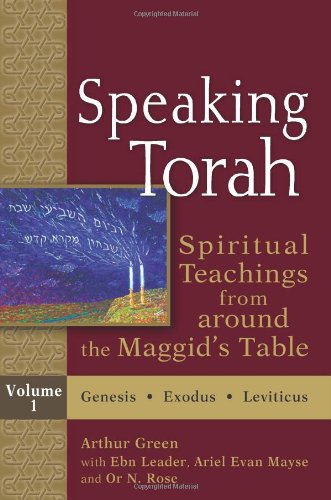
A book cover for Speaking Torah, : Spiritual Teachings from around the Maggid's Table, Vol. 1; Religion & Spirituality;